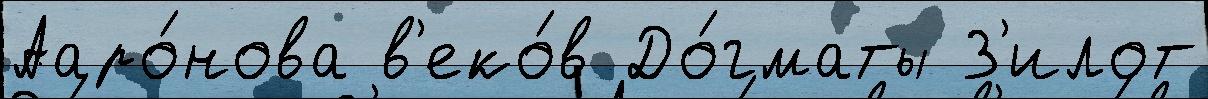
Ааро́нова в'еко́в До́гматы З'илот